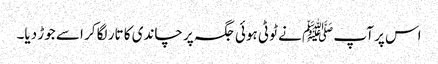
اس پر آپ ﷺ نے ٹوٹی ہوئی جگہ پر چاندی کا تار لگا کر اسے جوڑ دیا۔